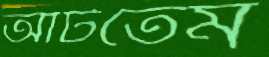
আঁটতেম